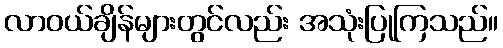
လာဝယ်ချိန်များတွင်လည်း အသုံးပြုကြသည်။